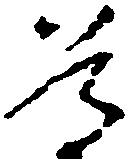
尊